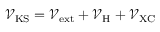
\mathcal { V } _ { \mathrm { K S } } = \mathcal { V } _ { \mathrm { e x t } } + \mathcal { V } _ { \mathrm { H } } + \mathcal { V } _ { \mathrm { X C } }